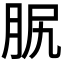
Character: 𦙷